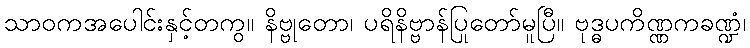
သာဝကအပေါင်းနှင့်တကွ။ နိဗ္ဗုတော၊ ပရိနိဗ္ဗာန်ပြုတော်မူပြီ။ ဗုဒ္ဓပကိဏ္ဏကခဏ္ဍံ၊